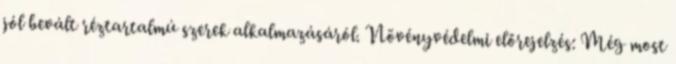
jól bevált réztartalmú szerek alkalmazásáról. Növényvédelmi előrejelzés: Még most